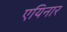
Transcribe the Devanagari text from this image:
एयिनार